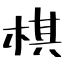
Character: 棋